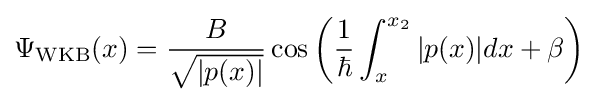
\Psi _{\text{WKB}}(x)={\frac {B}{\sqrt {|p(x)|}}}\cos {\left({\frac {1}{\hbar }}\int _{x}^{x_{2}}|p(x)|dx+\beta \right)}